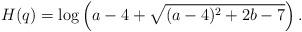
LaTeX: \begin{align*}H(q)=\log\left(a-4+\sqrt{(a-4)^2+2b-7} \right).\end{align*}